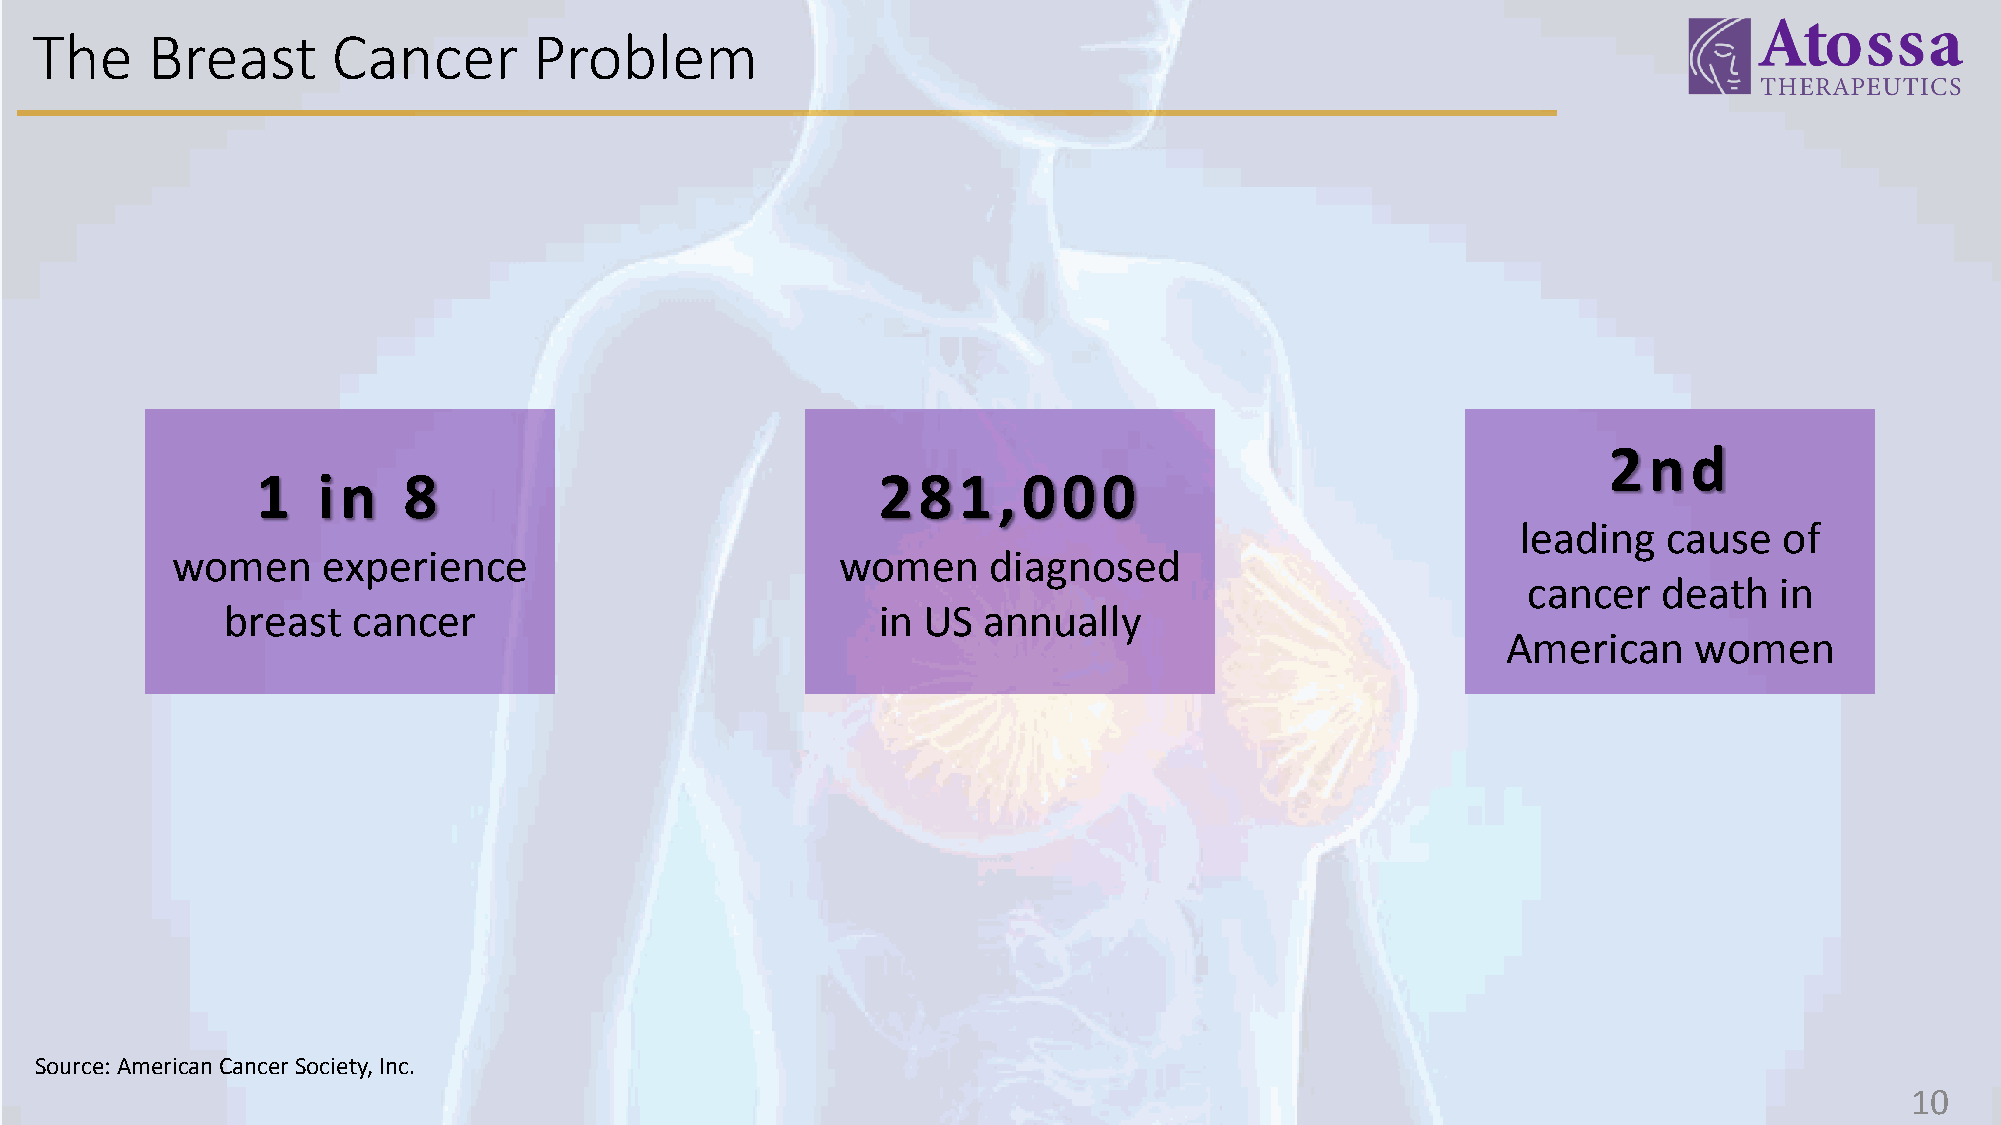
The     Breast      Cancer       Problem
 2nd
 1   i n   8                              281,000
 leading  cause   of
 women     experience                         women     diagnosed
 cancer   death   in
 breast  cancer                             in US  annually
 American    women
 Source: American Cancer Society, Inc.
 10